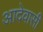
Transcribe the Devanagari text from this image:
आदेवासी